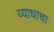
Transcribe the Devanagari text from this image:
व्याधाचा